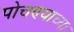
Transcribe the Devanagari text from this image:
पोचण्याच्या